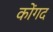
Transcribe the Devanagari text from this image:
कोंगद